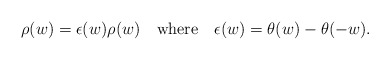
\begin{align*}\rho (w)=\epsilon (w)\rho (w)\quad \mathrm{where}\quad \epsilon (w)=\theta(w)-\theta (-w).\end{align*}